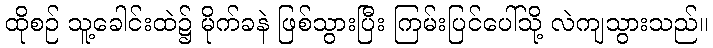
ထိုစဉ် သူ့ခေါင်းထဲ၌ မိုက်ခနဲ ဖြစ်သွားပြီး ကြမ်းပြင်ပေါ်သို့ လဲကျသွားသည်။